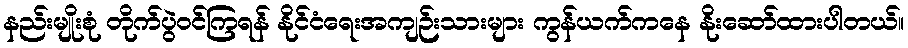
နည်းမျိုးစုံ တိုက်ပွဲဝင်ကြရန် နိုင်ငံရေးအကျဉ်းသားများ ကွန်ယက်ကနေ နိုးဆော်ထားပါတယ်။